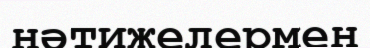
нәтижелермен